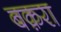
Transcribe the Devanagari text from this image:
बक़रा